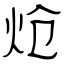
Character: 炝